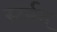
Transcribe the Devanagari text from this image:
स्टर्नम्‌